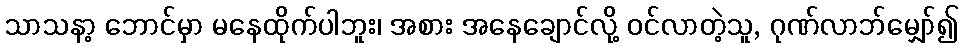
သာသနာ့ ဘောင်မှာ မနေထိုက်ပါဘူး၊ အစား အနေချောင်လို့ ဝင်လာတဲ့သူ, ဂုဏ်လာဘ်မျှော်၍